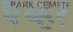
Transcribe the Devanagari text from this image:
पथ्हर